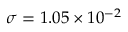
\sigma = 1 . 0 5 \times { 1 0 ^ { - 2 } }